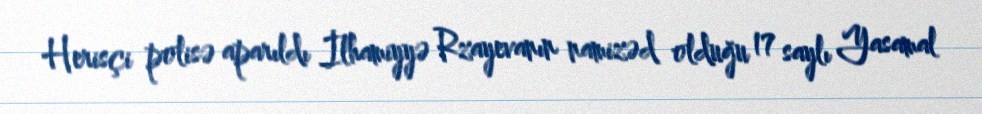
Herisçi polisə aparıldı İlhamiyyə Rzayevanın namizəd olduğu 17 saylı Yasamal